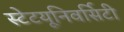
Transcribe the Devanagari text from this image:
स्टेटयूनिवर्सिटी